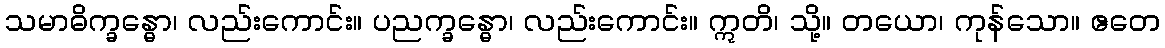
သမာဓိက္ခန္ဓော၊ လည်းကောင်း။ ပညက္ခန္ဓော၊ လည်းကောင်း။ ဣတိ၊ သို့။ တယော၊ ကုန်သော။ ဧတေ